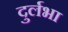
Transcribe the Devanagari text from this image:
दुर्लभा